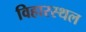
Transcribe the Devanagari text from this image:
विहारस्थल